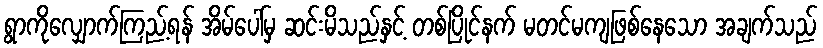
ရွာကိုလျှောက်ကြည့်ရန် အိမ်ပေါ်မှ ဆင်းမိသည်နှင့် တစ်ပြိုင်နက် မတင်မကျဖြစ်နေသော အချက်သည်